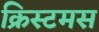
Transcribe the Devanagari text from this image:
क्रिस्टमस